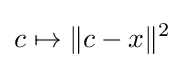
c\mapsto \|c-x\|^{2}